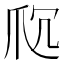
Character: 𬋤